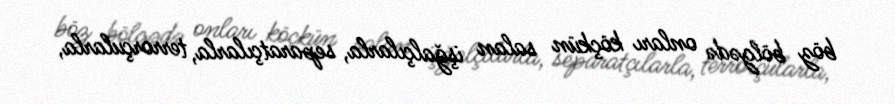
böz bölgədə onları köçkün salan işğalçılarla, separatçılarla, terrorçularla,